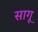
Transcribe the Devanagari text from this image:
सागू